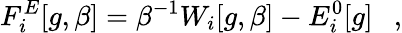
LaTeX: F_{i}^{E}[g,\beta]=\beta^{-1}W_{i}[g,\beta]-E_{i}^{0}[g]~~~,